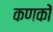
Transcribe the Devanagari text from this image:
कणकों